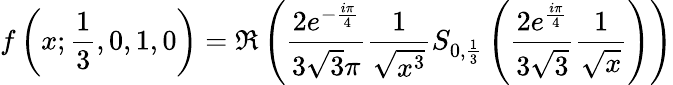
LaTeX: f\left(x;{\frac{1}{3}},0,1,0\right)=\Re\left({\frac{2e^{-{\frac{i\pi}{4}}}}{3{\sqrt{3}}\pi}}{\frac{1}{\sqrt{x^{3}}}}S_{0,{\frac{1}{3}}}\left({\frac{2e^{\frac{i\pi}{4}}}{3{\sqrt{3}}}}{\frac{1}{\sqrt{x}}}\right)\right)